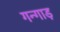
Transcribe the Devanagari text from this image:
गन्गाड़